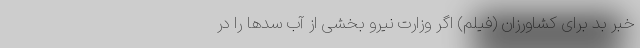
خبر بد برای کشاورزان (فیلم) اگر وزارت نیرو بخشی از آب سد‌ها را در